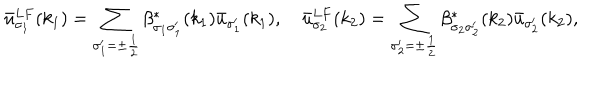
\bar { u } _ { \sigma _ { 1 } } ^ { L F } ( k _ { 1 } ) = \sum _ { \sigma _ { 1 } ^ { \prime } = \pm \frac { 1 } { 2 } } \beta _ { \sigma _ { 1 } \sigma _ { 1 } ^ { \prime } } ^ { * } ( k _ { 1 } ) \bar { u } _ { \sigma _ { 1 } ^ { \prime } } ( k _ { 1 } ) , \quad \bar { u } _ { \sigma _ { 2 } } ^ { L F } ( k _ { 2 } ) = \sum _ { \sigma _ { 2 } ^ { \prime } = \pm \frac { 1 } { 2 } } \beta _ { \sigma _ { 2 } \sigma _ { 2 } ^ { \prime } } ^ { * } ( k _ { 2 } ) \bar { u } _ { \sigma _ { 2 } ^ { \prime } } ( k _ { 2 } ) ,